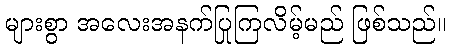
များစွာ အလေးအနက်ပြုကြလိမ့်မည် ဖြစ်သည်။